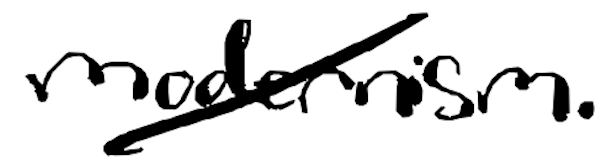
Text: modernism.
Cross-out: diagonal
Writing tool: digital_black